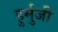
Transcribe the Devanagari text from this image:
हुर्मुजी